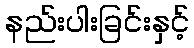
နည်းပါးခြင်းနှင့်